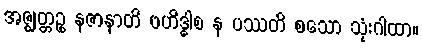
အဇ္ဈတ္တဉ္စ နဇာနာတိ ဗဟိဒ္ဓါစ န ပဿတိ စသော သုံးဂါထာ။